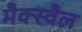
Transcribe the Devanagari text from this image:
मैक्स्वैल